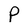
Character: P